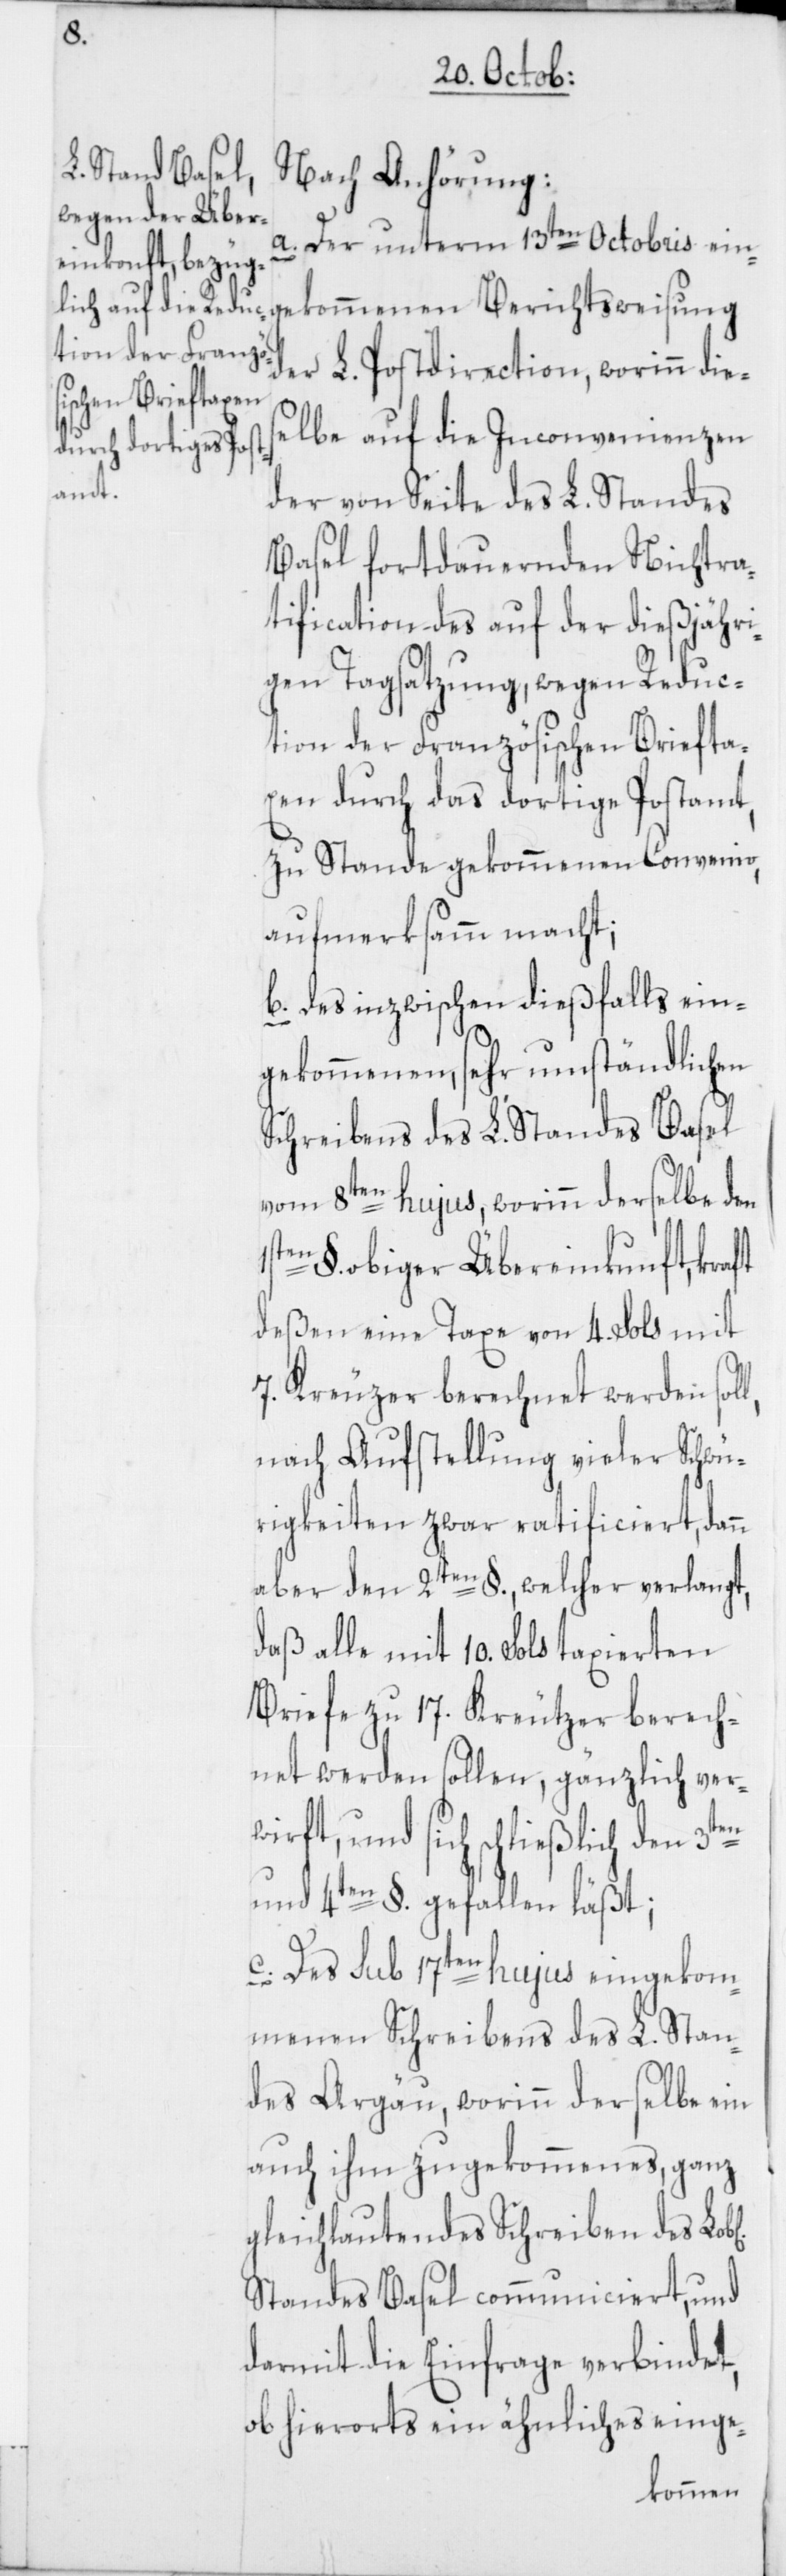
Nach Anhörung:
a. Der unterm 13ten Octobris eing¬
der L. Postdirection, worinn die¬
selbe auf die Inconvenienzen
der von Seite des L. Standes
Basel fortdauernden Nichtra¬
tification des auf der dießjähri¬
gen Tagsatzung, wegen Reduc¬
tion der Französischen Briefta¬
xen durch das dortige Postamt,
zu Stande gekommenen Convenio,
aufmerksamm macht;
b. Des inzwischen dießfalls ein¬
gekommenen, sehr umständlichen
Schreibens des L. Standes Basel
vom 8ten hujus, worinn derselbe den
§. obiger Übereinkunft, kraft
deßen eine Taxe von 4. Sols mit
7. Kreuzer berechnet werden soll,
nach Aufstellung vieler Schwü¬
rigkeiten zwar ratificiert, dann
aber den 2ten §., welcher verlangt,
daß alle mit 10. Sols taxierten
Briefe zu 17. Kreutzer berech¬
net werden sollen, gänzlich ver¬
wirft, und sich schließlich den 3ten
und 4ten §. gefallen lässt;
c. Des sub 17ten hujus eingekom¬
menen Schreibens des L. Stan¬
des Argäu, worinn derselbe ein
auch ihm zugekommenes ganz
gleichlautendes Schreiben des
Standes Basel communiciert, und
darmit die Einfrage verbindet,
ob hierorts ein ähnliches einge-
ekommenen